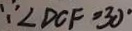
\because \angle D C F = 3 0 ^ { \circ }